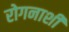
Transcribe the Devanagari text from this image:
रोगनाशी